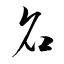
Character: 名